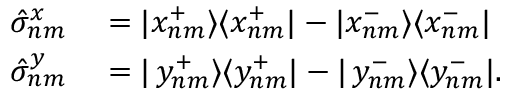
\begin{array} { r l } { \phantom { \frac { 1 } { 2 } } \hat { \sigma } _ { n m } ^ { x } } & { { } = | x _ { n m } ^ { + } \rangle \langle x _ { n m } ^ { + } | - | x _ { n m } ^ { - } \rangle \langle x _ { n m } ^ { - } | } \\ { \phantom { \frac { 1 } { 2 } } \hat { \sigma } _ { n m } ^ { y } } & { { } = | \, y _ { n m } ^ { + } \rangle \langle y _ { n m } ^ { + } | - | \, y _ { n m } ^ { - } \rangle \langle y _ { n m } ^ { - } | . } \end{array}